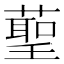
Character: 𮑞